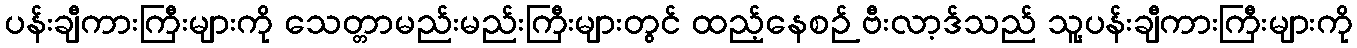
ပန်းချီကားကြီးများကို သေတ္တာမည်းမည်းကြီးများတွင် ထည့်နေစဉ် ဗီးလာ့ဒ်သည် သူ့ပန်းချီကားကြီးများကို